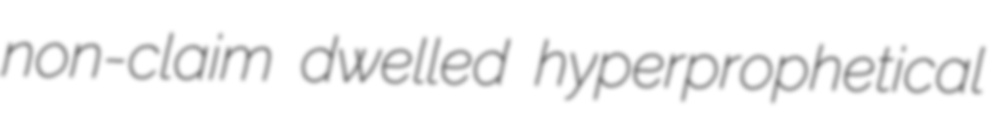
non-claim dwelled hyperprophetical